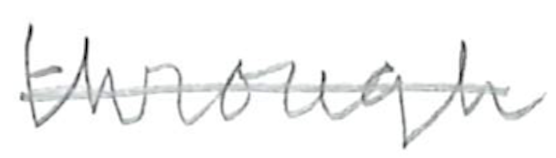
Text: through
Cross-out: single-line
Writing tool: pencil